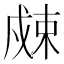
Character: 𰒮